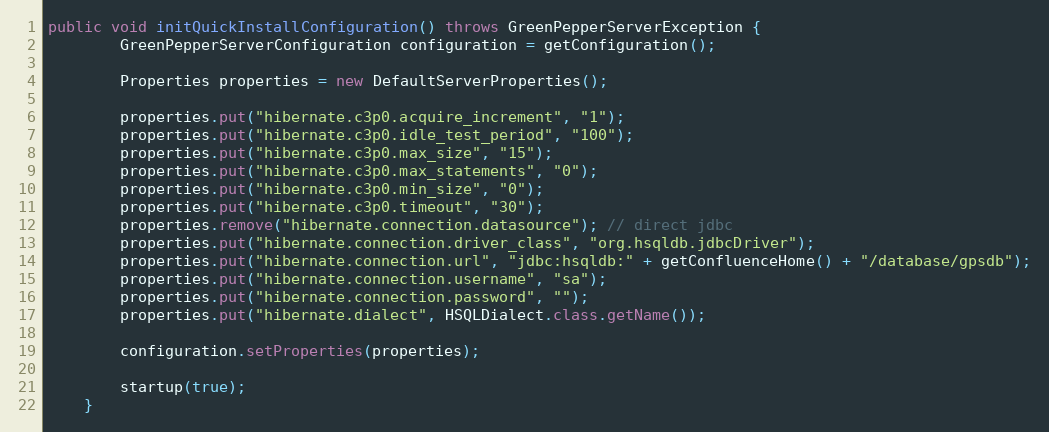
Language: Java
public void initQuickInstallConfiguration() throws GreenPepperServerException {
        GreenPepperServerConfiguration configuration = getConfiguration();

        Properties properties = new DefaultServerProperties();

        properties.put("hibernate.c3p0.acquire_increment", "1");
        properties.put("hibernate.c3p0.idle_test_period", "100");
        properties.put("hibernate.c3p0.max_size", "15");
        properties.put("hibernate.c3p0.max_statements", "0");
        properties.put("hibernate.c3p0.min_size", "0");
        properties.put("hibernate.c3p0.timeout", "30");
        properties.remove("hibernate.connection.datasource"); // direct jdbc
        properties.put("hibernate.connection.driver_class", "org.hsqldb.jdbcDriver");
        properties.put("hibernate.connection.url", "jdbc:hsqldb:" + getConfluenceHome() + "/database/gpsdb");
        properties.put("hibernate.connection.username", "sa");
        properties.put("hibernate.connection.password", "");
        properties.put("hibernate.dialect", HSQLDialect.class.getName());

        configuration.setProperties(properties);

        startup(true);
    }